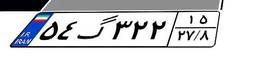
۵۲گ۳۵۷۹۹